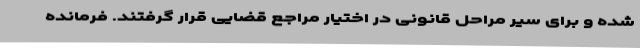
شده و برای سیر مراحل قانونی در اختیار مراجع قضایی قرار گرفتند. فرمانده